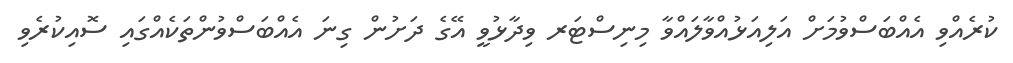
ކުރެއްވި އެއްބަސްވުމަށް އަލިއަޅުއްވާލައްވާ މިނިސްޓަރ ވިދާޅުވީ އޭގެ ދަށުން ގިނަ އެއްބަސްވުންތަކެއްގައި ސޮއިކުރެވި